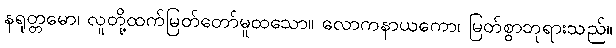
နရုတ္တမော၊ လူတို့ထက်မြတ်တော်မူထသော။ လောကနာယကော၊ မြတ်စွာဘုရားသည်။